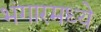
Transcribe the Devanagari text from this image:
भंगारमध्ये